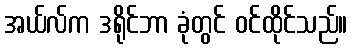
အယ်လ်က ဒရိုင်ဘာ ခုံတွင် ဝင်ထိုင်သည်။